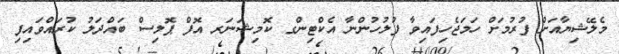
މެލޭޝިޔާއަށް ފުރުމަށް ހަމަޖެހިފައިވާ ފުލުހުންނާ އެކްޓިންގ ކޮމިޝަނަރ އޮފް ޕޮލިސް ބައްދަލު ކުރައްވައިފި